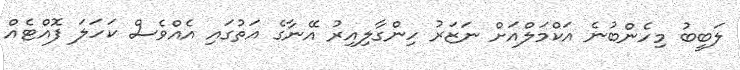
ލަބީބު މިހެންބުނެ އަކްމަލްއަށް ނަޒަރު ހިންގާލިއިރު އޭނާގެ އަތުގައި އެއްވެސް ކަހަލަ ފޮއްޓެއް